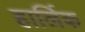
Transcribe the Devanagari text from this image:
हार्लिक